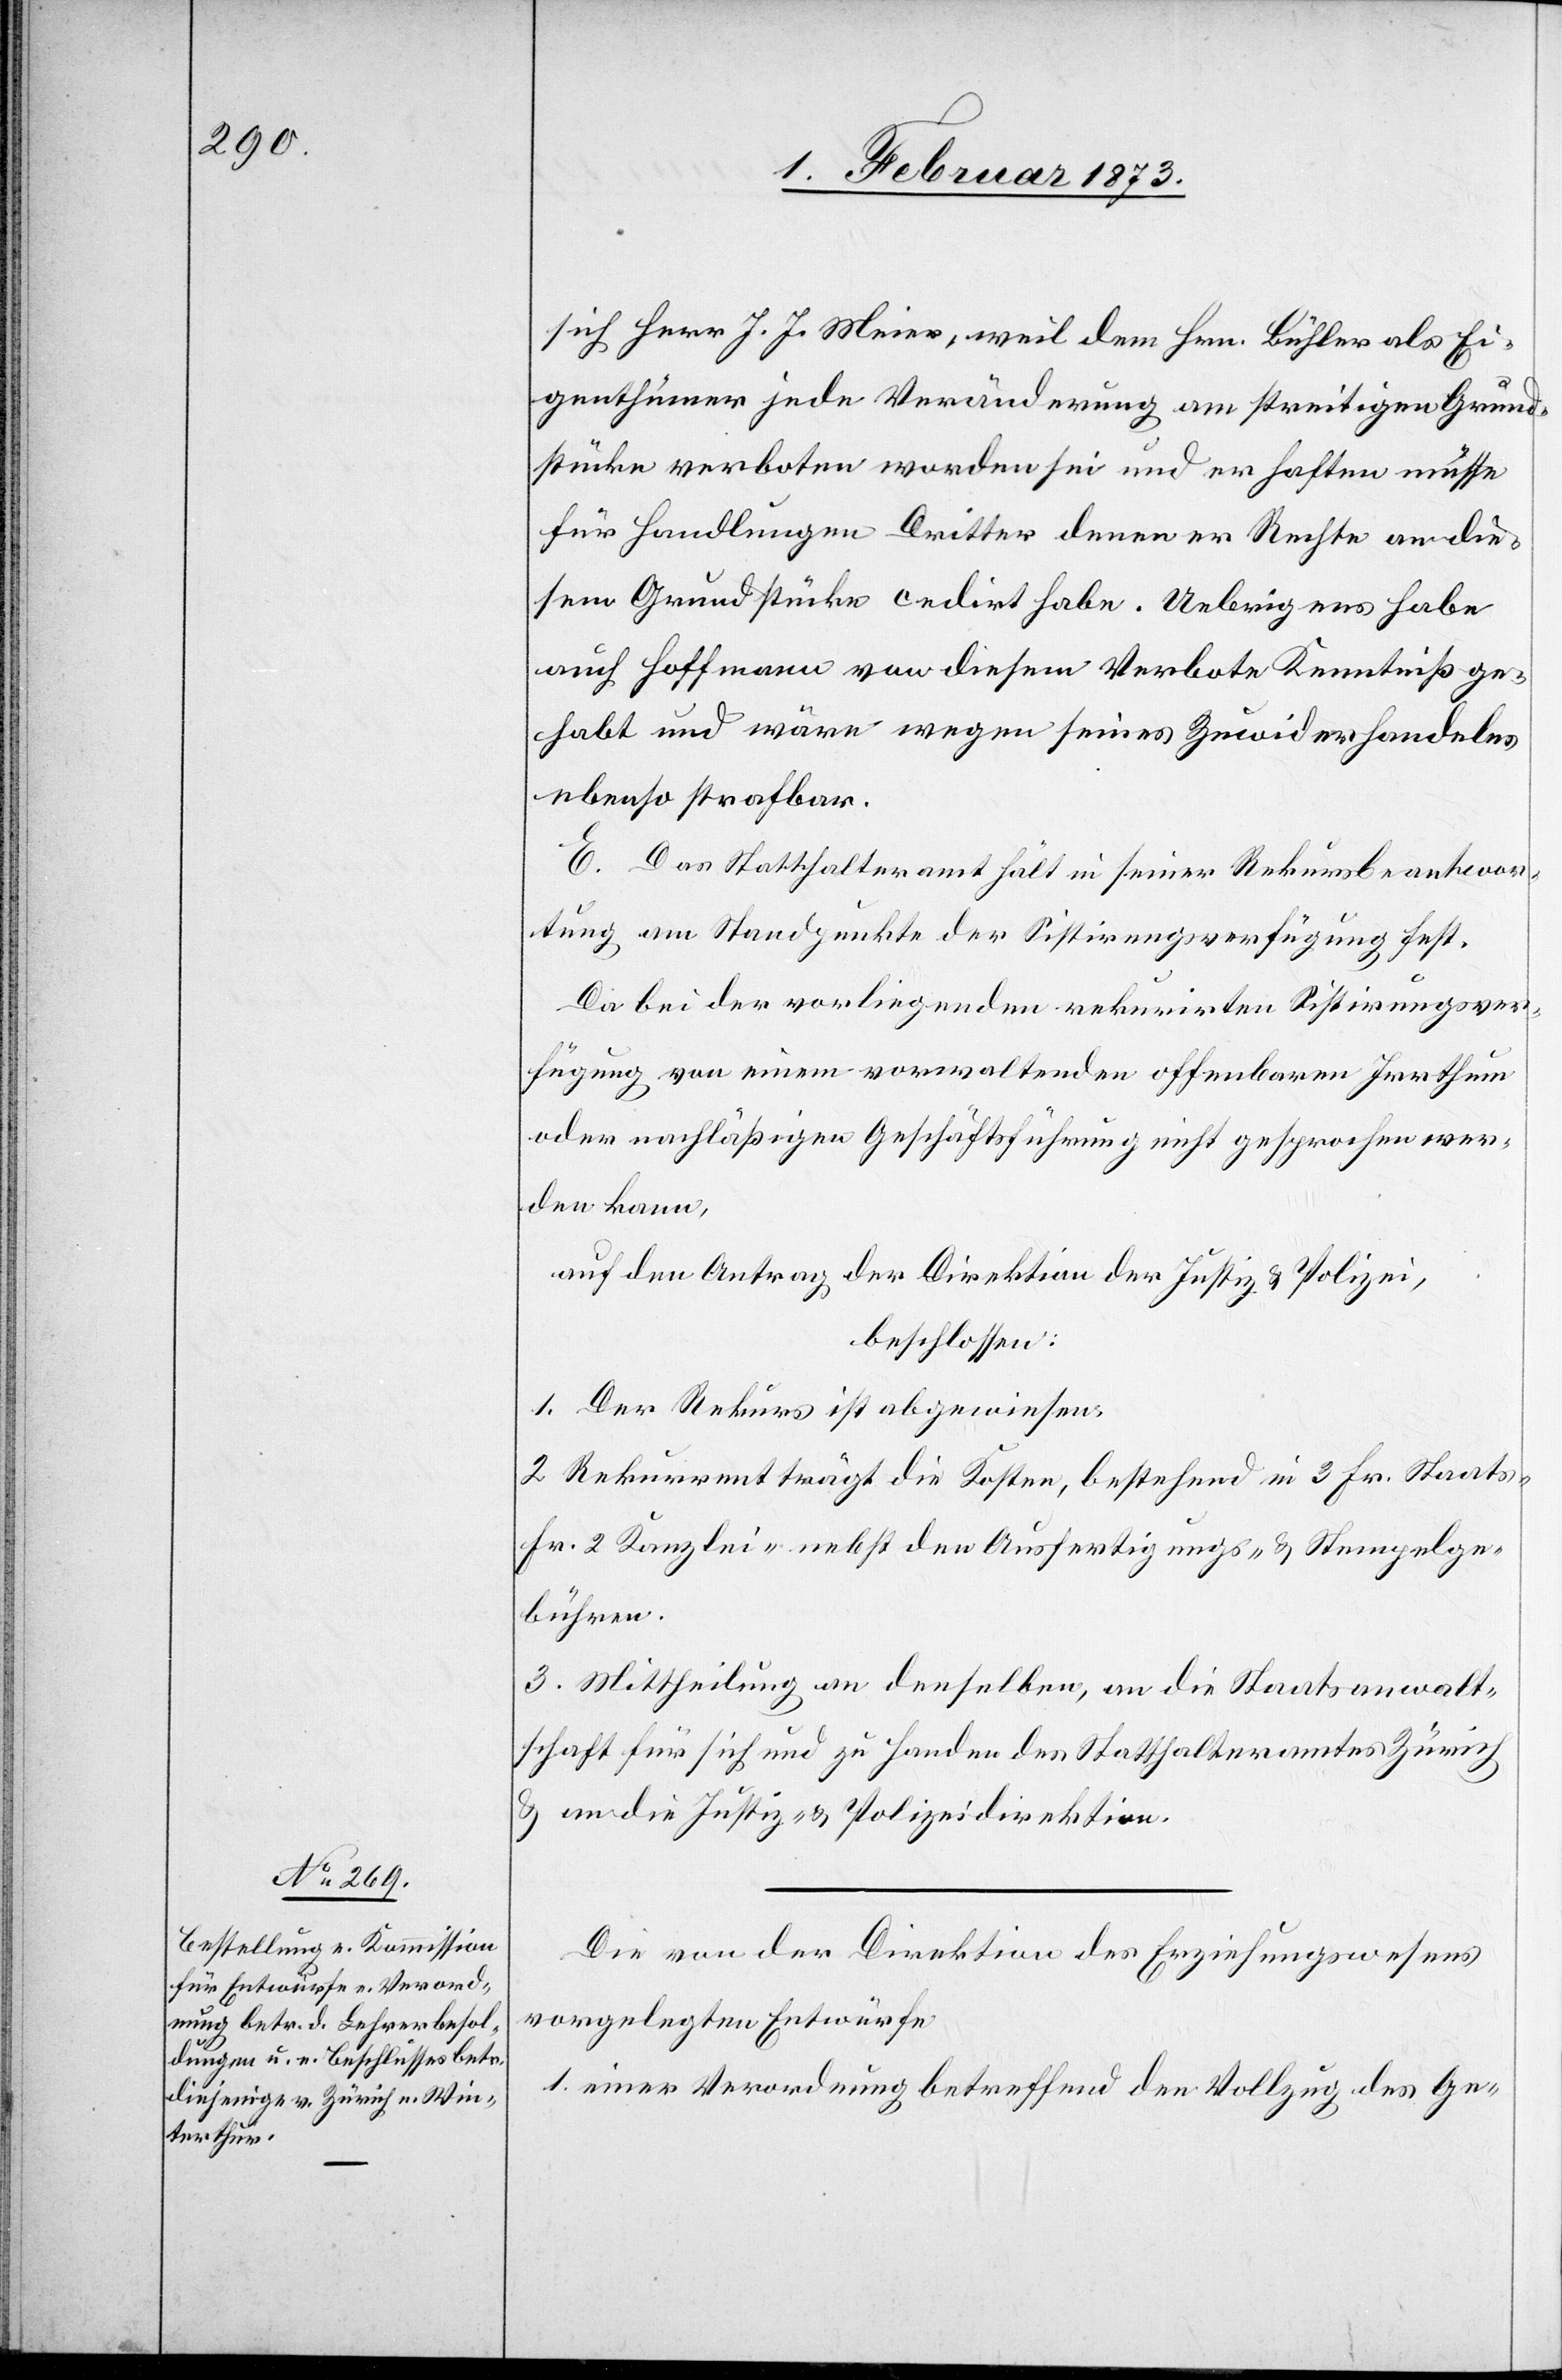
sich Herr J. J. Meier, weil dem Hrn. Bühler als Ei¬
genthümer jede Veränderung am streitigen Grund¬
stücke verboten worden sei und er haften müsse
für Handlungen Dritter denen er Rechte an die¬
sem Grundstücke cedirt habe. Uebrigens habe
auch Hoffmann von diesem Verbote Kenntniß ge¬
habt und wäre wegen seines Zuwiderhandelns
ebenso strafbar.
E. Das Statthalteramt hält in seiner Rekursbeantwor¬
tung am Standpunkte der Sistirungsverfügung fest.
Da bei der vorliegenden rekurirten Sistirungsver¬
fügung von einem vorwaltenden offenbaren Irrthum
oder nachläßigen Geschäftsführung nicht gesprochen wer¬
den kann,
auf den Antrag der Direktion der Justiz u. Polizei,
beschlossen:
1. Der Rekurs ist abgewiesen.
2. Rekurrent trägt die Kosten, bestehend in 3 Fr. Staats-[,]
Fr. 2 Kanzlei-[,] nebst den Ausfertigungs- u. Stempelge¬
bühren.
3. Mittheilung an denselben, an die Staatsanwalt¬
schaft für sich und zu Handen des Statthalteramtes Zürich
u. an die Justiz- u. Polizeidirektion.
Die von der Direktion des Erziehungswesens
vorgelegten Entwürfe
1. einer Verordnung betreffend den Vollzug des Ge-